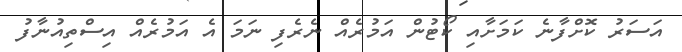
އަސަރު ކޮށްފާނެ ކަމަށާއި ކޯޓުން އަމުރެއް ނެރެފި ނަމަ އެ އަމުރެއް އިސްތިއުނާފު